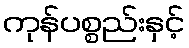
ကုန်ပစ္စည်းနှင့်